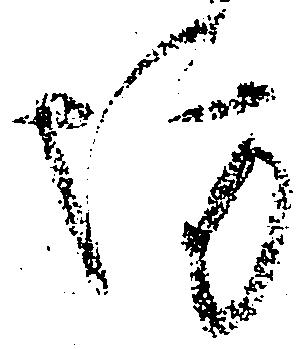
坊